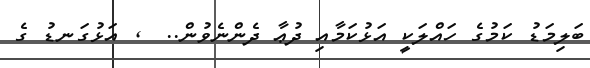
ބަލިމަޑު ކަމުގެ ހައްލަކީ އަޅުކަމާއި ދުޢާ ދެންނެވުން..